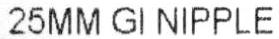
25MM GI NIPPLE